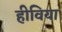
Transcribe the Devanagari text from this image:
हीविया